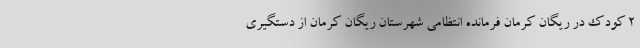
2 کودک در ریگان کرمان فرمانده انتظامی شهرستان ریگان کرمان از دستگیری